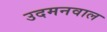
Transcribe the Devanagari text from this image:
उदमनवाल